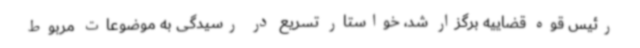
رئیس قوه قضاییه برگزار شد، خواستار تسریع در رسیدگی به موضوعات مربوط